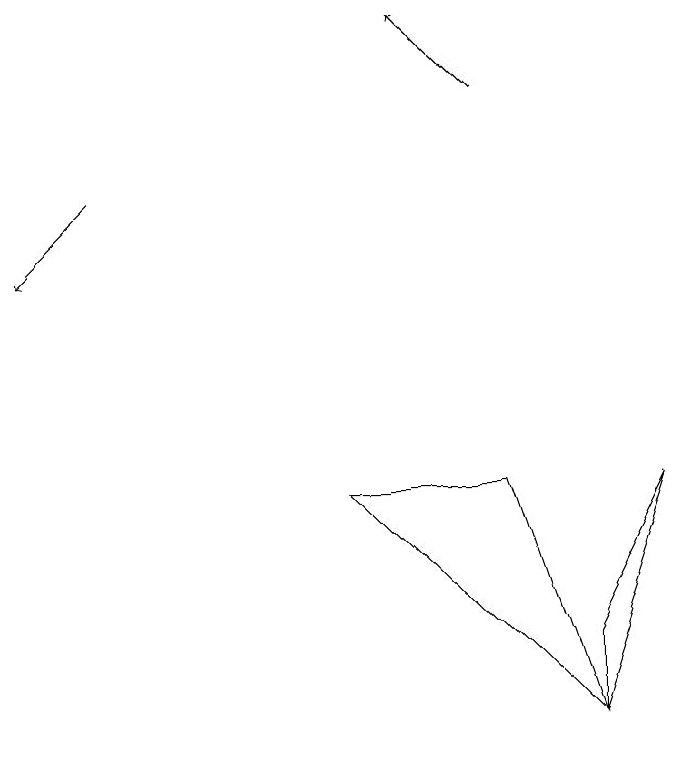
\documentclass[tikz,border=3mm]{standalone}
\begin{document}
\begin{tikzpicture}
\draw (8,6) -- (9,9) -- (8,7) -- cycle;
\draw[->] (7,14) -- (6,15);
\draw[->] (2,13) -- (1,12);
\draw (5,9) -- (8,6) -- (7,9) -- cycle;
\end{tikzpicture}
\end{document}